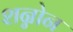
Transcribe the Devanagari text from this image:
शन्नोन